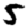
Digit: 5